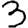
Digit: 3